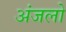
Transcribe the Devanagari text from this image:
अंजलो